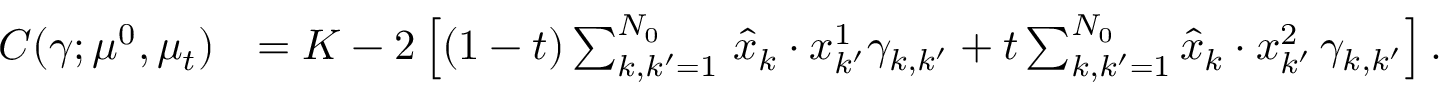
\begin{array} { r l } { C ( \gamma ; \mu ^ { 0 } , \mu _ { t } ) } & { = K - 2 \left[ ( 1 - t ) \sum _ { k , k ^ { \prime } = 1 } ^ { N _ { 0 } } \, \hat { x } _ { k } \cdot x _ { k ^ { \prime } } ^ { 1 } \gamma _ { k , k ^ { \prime } } + t \sum _ { k , k ^ { \prime } = 1 } ^ { N _ { 0 } } \hat { x } _ { k } \cdot x _ { k ^ { \prime } } ^ { 2 } \, \gamma _ { k , k ^ { \prime } } \right] . } \end{array}